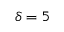
\delta = 5